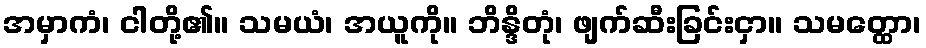
အမှာကံ၊ ငါတို့၏။ သမယံ၊ အယူကို။ ဘိန္ဒိတုံ၊ ဖျက်ဆီးခြင်းငှာ။ သမတ္ထော၊